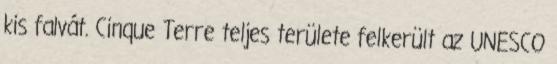
kis falvát. Cinque Terre teljes területe felkerült az UNESCO